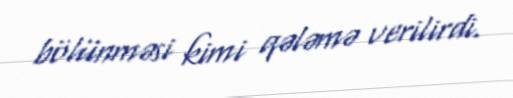
bölünməsi kimi qələmə verilirdi.